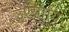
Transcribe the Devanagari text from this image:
उण्यायि